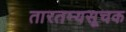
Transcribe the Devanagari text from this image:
तारतम्यसूचक